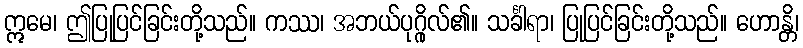
ဣမေ၊ ဤပြုပြင်ခြင်းတို့သည်။ ကဿ၊ အဘယ်ပုဂ္ဂိုလ်၏။ သင်္ခါရာ၊ ပြုပြင်ခြင်းတို့သည်။ ဟောန္တိ၊